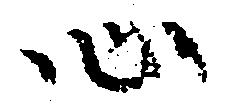
心